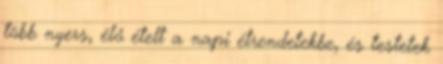
több nyers, élő ételt a napi étrendetekbe, és testetek